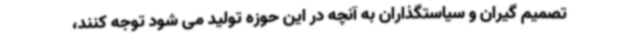
تصمیم گیران و سیاستگذاران به آنچه در این حوزه تولید می شود توجه کنند،